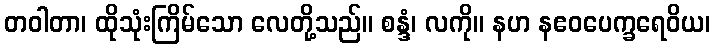
တဝါတာ၊ ထိုသုံးကြိမ်သော လေတို့သည်။ စန္ဒံ၊ လကို။ နဟ နဧဝပေက္ခရေဝိယ၊